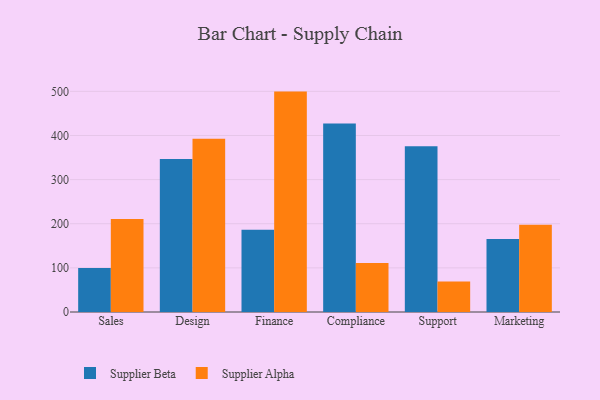
{"axis": {"x": "Department", "y": "Inventory Turnover"}, "legend": ["Supplier Alpha", "Supplier Beta"], "data": [{"x": "Sales", "y": 99.7, "type": "Supplier Beta"}, {"x": "Sales", "y": 211.0, "type": "Supplier Alpha"}, {"x": "Design", "y": 346.4, "type": "Supplier Beta"}, {"x": "Design", "y": 392.8, "type": "Supplier Alpha"}, {"x": "Finance", "y": 186.5, "type": "Supplier Beta"}, {"x": "Finance", "y": 499.4, "type": "Supplier Alpha"}, {"x": "Compliance", "y": 427.1, "type": "Supplier Beta"}, {"x": "Compliance", "y": 111.3, "type": "Supplier Alpha"}, {"x": "Support", "y": 375.5, "type": "Supplier Beta"}, {"x": "Support", "y": 69.1, "type": "Supplier Alpha"}, {"x": "Marketing", "y": 165.6, "type": "Supplier Beta"}, {"x": "Marketing", "y": 197.5, "type": "Supplier Alpha"}]}